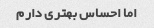
اما احساس بهتری دارم